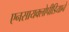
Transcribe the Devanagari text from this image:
एनसायक्लोपीडियाने